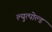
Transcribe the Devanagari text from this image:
ल्युत्पोल्ड